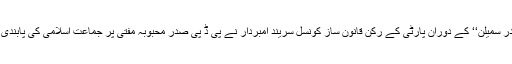
سرینگر میں پارلیمانی انتخابات کے سلسلے میں’’شکتی کیندر سمیلن‘‘ کے دوران پارٹی کے رکن قانون ساز کونسل سریند امبردار نے پی ڈٰ پی صدر محبوبہ مفتی پر جماعت اسلامی کی پابندی کی تجویز حکومت کے دوران پیش کرنے کا الزام عائد کیا۔